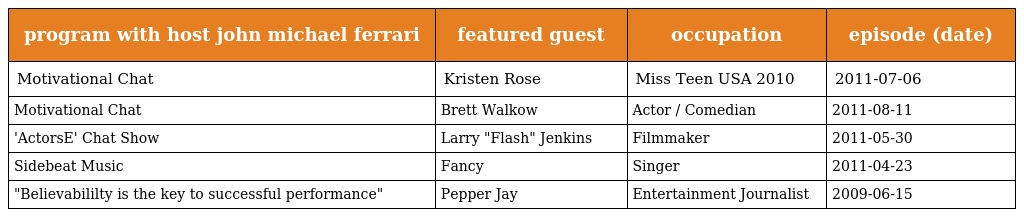
| program with host john michael ferrari | featured guest | occupation | episode (date) |
 | --- | --- | --- | --- |
 | Motivational Chat | Kristen Rose | Miss Teen USA 2010 | 2011-07-06 |
 | Motivational Chat | Brett Walkow | Actor / Comedian | 2011-08-11 |
 | 'ActorsE' Chat Show | Larry "Flash" Jenkins | Filmmaker | 2011-05-30 |
 | Sidebeat Music | Fancy | Singer | 2011-04-23 |
 | "Believabililty is the key to successful performance" | Pepper Jay | Entertainment Journalist | 2009-06-15 |